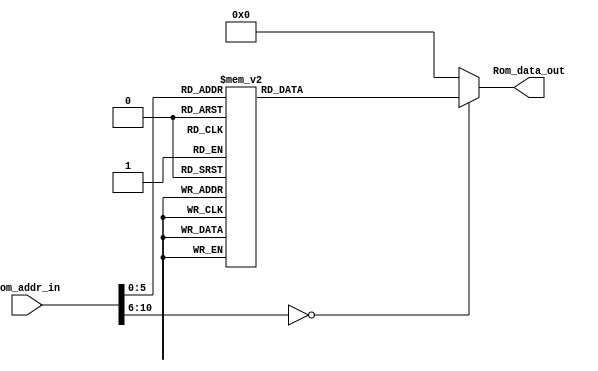
module Program_Rom(Rom_data_out, Rom_addr_in);

//---------
    output [13:0] Rom_data_out;
    input [10:0] Rom_addr_in; 
//---------
    
    reg   [13:0] data;
    wire  [13:0] Rom_data_out;
    
    always @(Rom_addr_in)
        begin
            case (Rom_addr_in)
                10'h0 : data = 14'h3003;
                10'h1 : data = 14'h00A3;
                10'h2 : data = 14'h00A7;
                10'h3 : data = 14'h01A2;
                10'h4 : data = 14'h01A1;
                10'h5 : data = 14'h0103;
                10'h6 : data = 14'h3004;
                10'h7 : data = 14'h0BA3;
                10'h8 : data = 14'h300A;
                10'h9 : data = 14'h00A4;
                10'ha : data = 14'h3006;
                10'hb : data = 14'h00A5;
                10'hc : data = 14'h3009;
                10'hd : data = 14'h00A6;
                10'he : data = 14'h3001;
                10'hf : data = 14'h07A2;
                10'h10 : data = 14'h0822;
                10'h11 : data = 14'h0BA6;
                10'h12 : data = 14'h33FB;
                10'h13 : data = 14'h0B25;
                10'h14 : data = 14'h2021;
                10'h15 : data = 14'h0BA5;
                10'h16 : data = 14'h33F5;
                10'h17 : data = 14'h01A2;
                10'h18 : data = 14'h0B24;
                10'h19 : data = 14'h0AA1;
                10'h1a : data = 14'h0BA4;
                10'h1b : data = 14'h33EE;
                10'h1c : data = 14'h0B27;
                10'h1d : data = 14'h2025;
                10'h1e : data = 14'h0BA7;
                10'h1f : data = 14'h33E6;
                10'h20 : data = 14'h33DF;
                10'h21 : data = 14'h3007;
                10'h22 : data = 14'h07A2;
                10'h23 : data = 14'h0822;
                10'h24 : data = 14'h0008;
                10'h25 : data = 14'h3007;
                10'h26 : data = 14'h07A1;
                10'h27 : data = 14'h0821;
                10'h28 : data = 14'h0008;
                default: data = 14'h0;   
            endcase
        end

     assign Rom_data_out = data;

endmodule